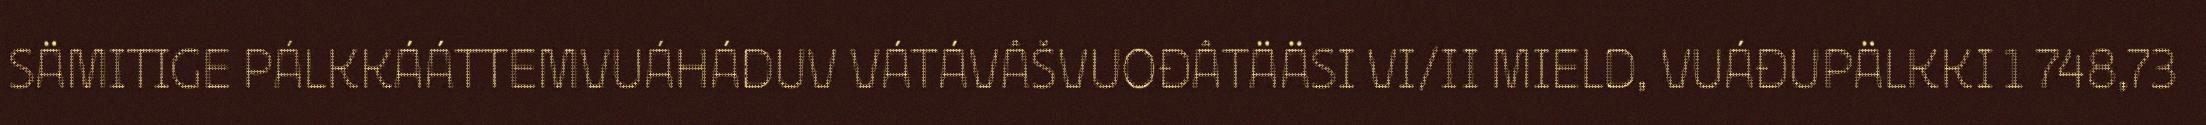
SÄMITIGE PÁLKKÁÁTTEMVUÁHÁDUV VÁTÁVÂŠVUOĐÂTÄÄSI VI/II MIELD, VUÁĐUPÄLKKI 1 748,73